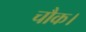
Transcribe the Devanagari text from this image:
चौक।